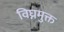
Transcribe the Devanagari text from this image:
विघ्नमुक्त